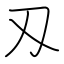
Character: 刄